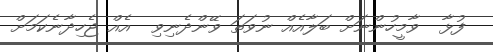
ފުޅާ  ވާމީހުންނަށް ބަލާއެއް ނުވަތަ ވޭންދެނިވި  އެއް ޖެހިދާނެކަމަށް